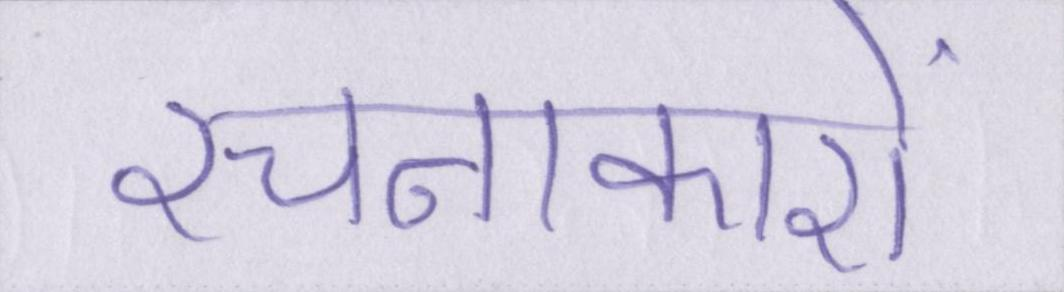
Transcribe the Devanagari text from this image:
रचनाकारों